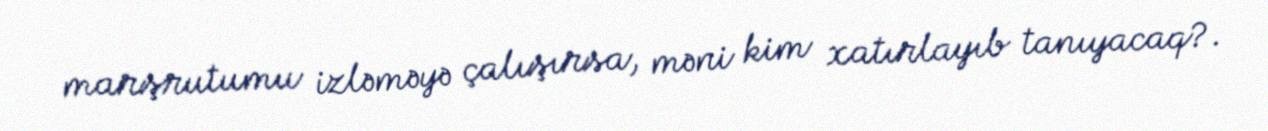
marşrutumu izləməyə çalışırsa, məni kim xatırlayıb tanıyacaq?.